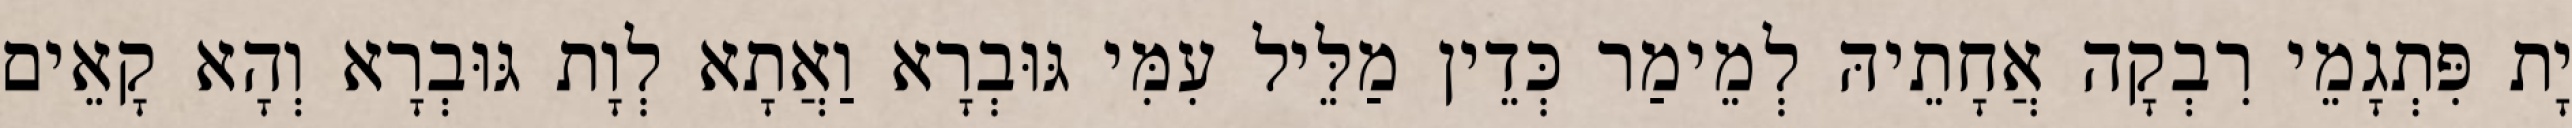
יָת פִּתְגָמֵי רִבְקָה אֲחָתֵיהּ לְמֵימַר כְּדֵין מַלֵּיל עִמִּי גּוּבְרָא וַאֲתָא לְוָת גּוּבְרָא וְהָא קָאֵים